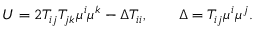
U = 2 T _ { i j } T _ { j k } \mu ^ { i } \mu ^ { k } - \Delta T _ { i i } , \qquad \Delta = T _ { i j } \mu ^ { i } \mu ^ { j } .